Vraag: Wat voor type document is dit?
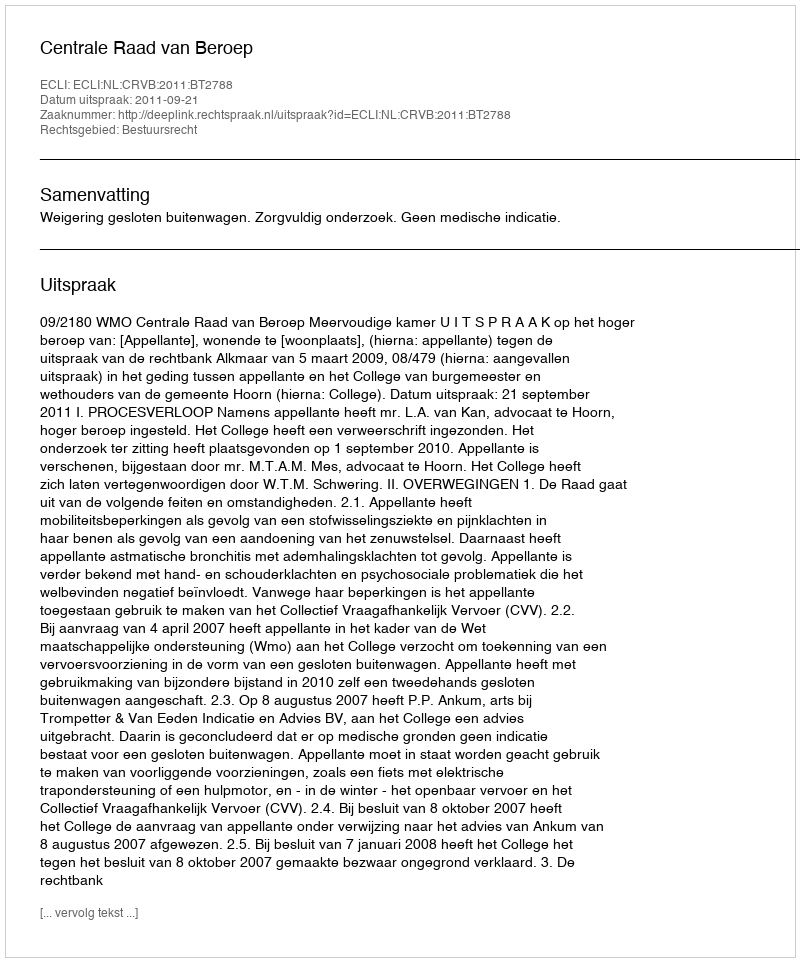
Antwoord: Uitspraak